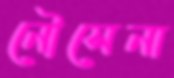
নৌসেনা